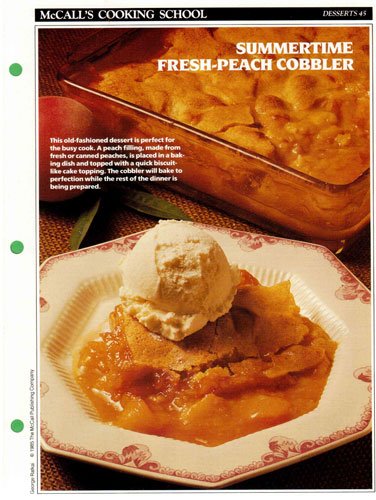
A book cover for McCall's Cooking School Recipe Card: Desserts 45 - Peach Cobbler (Replacement McCall's Recipage or Recipe Card For 3-Ring Binders); Health, Fitness & Dieting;